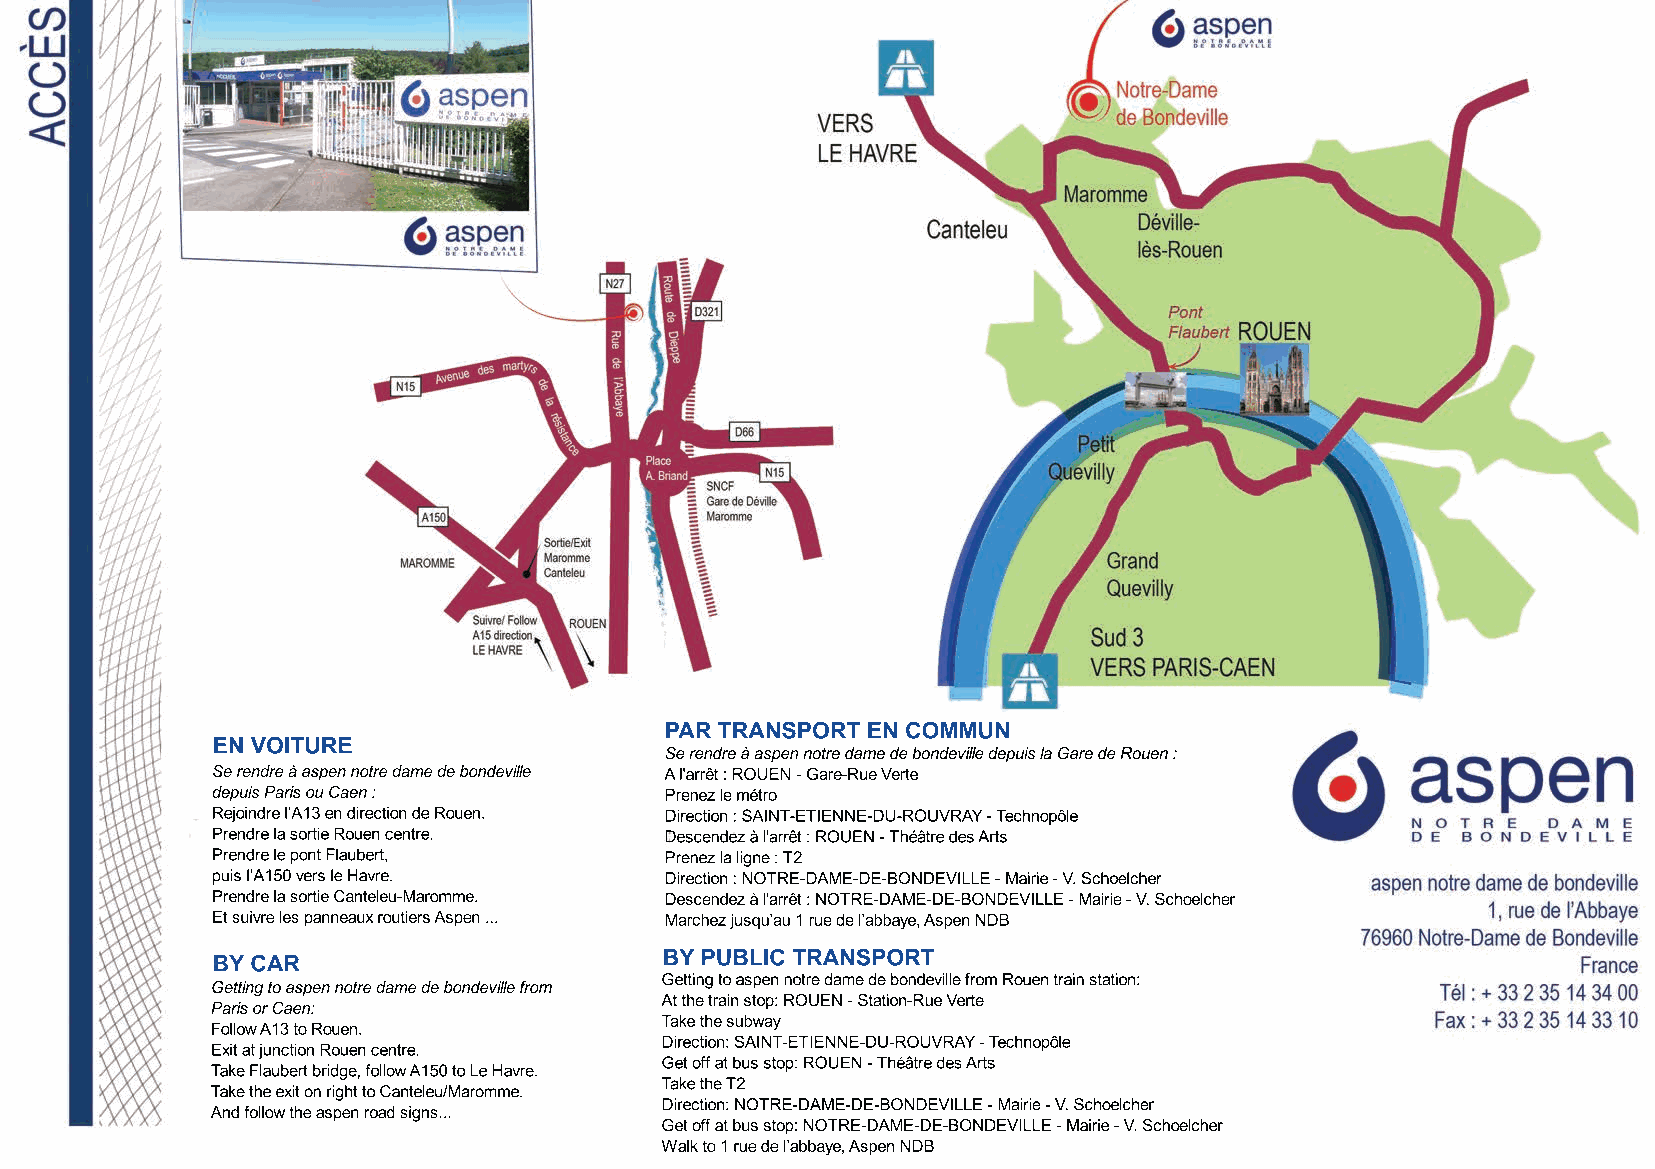
PAR TRANSPORT EN COMMUN
 EN VOITURE
 Se rendre à aspen notre dame de bondeville depuis la Gare de Rouen :
 Se rendre à aspen notre dame de bondeville A l'arrêt : ROUEN - Gare-Rue Verte
 depuis Paris ou Caen :        Prenez le métro
 Rejoindre l’A13 en direction de Rouen. Direction : SAINT-ETIENNE-DU-ROUVRAY - Technopôle
 Prendre la sortie Rouen centre. Descendez à l'arrêt : ROUEN - Théâtre des Arts
 Prendre le pont Flaubert,     Prenez la ligne : T2
 puis l’A150 vers le Havre.    DDiirreeccttiioonn :: NNOOTTRREE--DDAAMMEE--DDEE--BBOONNDDEEVVIILLLLEE -- MMaaiirriiee -- V. Schoelcher
 PPrreennddrree llaa ssoorrttiiee CCaanntteelleeuu--MMaarroommmmee.. Descendez à l'arrêt : NOTRE-DAME-DE-BONDEVILLE - Mairie - V. Schoelcher
 Et suivre les panneaux routiers Aspen ... Marchez jusqu’au 1 rue de l’abbaye, Aspen NDB
 BY CAR                        BY PUBLIC TRANSPORT
 Getting to aspen notre dame de bondeville from Rouen train station:
 Getting to aspen notre dame de bondeville from
 At the train stop: ROUEN - Station-Rue Verte
 Paris or Caen:
 Take the subway
 Follow A13 to Rouen.
 Direction: SAINT-ETIENNE-DU-ROUVRAY - Technopôle
 Exit at junction Rouen centre.
 Get off at bus stop: ROUEN - Théâtre des Arts
 Take Flaubert bridge, follow A150 to Le Havre.
 Take the T2
 Take the exit on right to Canteleu/Maromme.
 DDiirreeccttiioonn:: NNOOTTRREE--DDAAMMEE--DDEE--BBOONNDDEEVVIILLLLEE -- MMaaiirriiee -- V. Schoelcher
 AAnndd ffoollllooww tthhee aassppeenn rrooaadd ssiiggnnss......
 Get off at bus stop: NOTRE-DAME-DE-BONDEVILLE - Mairie - V. Schoelcher
 Walk to 1 rue de l’abbaye, Aspen NDB